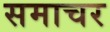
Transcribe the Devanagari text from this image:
समाचर